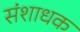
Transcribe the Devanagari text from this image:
संशाधक